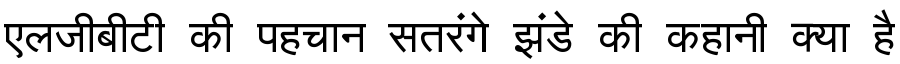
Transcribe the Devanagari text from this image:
एलजीबीटी की पहचान सतरंगे झंडे की कहानी क्या है